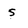
Character: 5